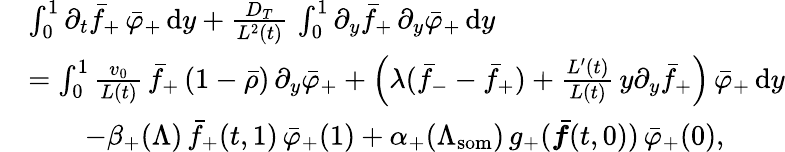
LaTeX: \begin{array}{rl}&{\int_{0}^{1}\partial_{t}\bar{f}_{+}\, \bar{\varphi}_{+}\, \textup{d}y+\frac{D_{T}}{L^{2}(t)}\, \int_{0}^{1}\partial_{y}\bar{f}_{+}\, \partial_{y}\bar{\varphi}_{+}\, \textup{d}y}\\ &{=\int_{0}^{1}\frac{v_{0}}{L(t)}\, \bar{f}_{+}\, (1-\bar{\rho})\, \partial_{y}\bar{\varphi}_{+}+\left(\lambda(\bar{f}_{-}-\bar{f}_{+})+\frac{L^{\prime}(t)}{L(t)}\, y\partial_{y}\bar{f}_{+}\right)\, \bar{\varphi}_{+}\, \textup{d}y}\\ &{\qquad-\beta_{+}(\Lambda)\, \bar{f}_{+}(t,1)\, \bar{\varphi}_{+}(1)+\alpha_{+}(\Lambda_{\mathrm{som}})\, g_{+}(\bar{\boldsymbol{f}}(t,0))\, \bar{\varphi}_{+}(0),}\end{array}